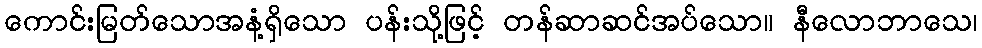
ကောင်းမြတ်သောအနံ့ရှိသော ပန်းသို့ဖြင့် တန်ဆာဆင်အပ်သော။ နီလောဘာသေ၊